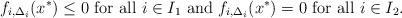
LaTeX: \begin{align*}f_{i, \Delta_i}({x}^*) \le 0 \textrm{ for all } i \in I_1 \textrm{ and } f_{i, \Delta_i}({x}^*) = 0 \textrm{ for all } i \in I_2.\end{align*}